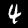
Label: 4